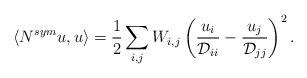
LaTeX: \begin{align*} \langle N^{sym}u, u \rangle= \frac{1}{2} \sum_{i,j}W_{i,j}\left(\frac{u_i}{\mathcal{D}_{ii}} - \frac{u_j}{\mathcal{D}_{jj}}\right)^2. \end{align*}